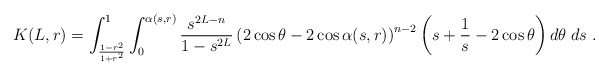
\begin{align*} K(L,r)=\int_{\frac{1-r^2}{1+r^2}}^1 \int_0^{\alpha(s,r)} \frac{s^{2L-n}}{1-s^{2L}}\left(2\cos\theta-2\cos\alpha(s,r)\right)^{n-2} \left(s+\frac 1s-2\cos\theta\right) d\theta\; ds\ .\end{align*}